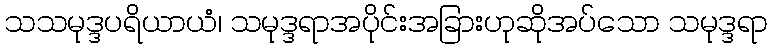
သသမုဒ္ဒပရိယာယံ၊ သမုဒ္ဒရာအပိုင်းအခြားဟုဆိုအပ်သော သမုဒ္ဒရာ